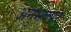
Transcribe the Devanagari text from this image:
अनुभवपर